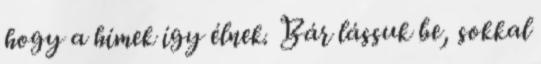
hogy a hímek így élnek. Bár lássuk be, sokkal